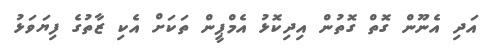
އަދި އެނޫން ގޮތް ގޮތުން އިދިކޮޅު އެމްޕީން ތަކަށް އެކި ޒާތުގެ ފިޔަވަޅު